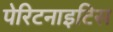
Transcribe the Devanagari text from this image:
पेरिटनाइटिस